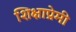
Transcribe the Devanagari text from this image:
शिक्षाप्रेमी